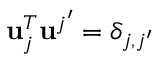
\mathbf { u } _ { j } ^ { T } \mathbf { u } ^ { j ^ { \prime } } = \delta _ { j , j ^ { \prime } }